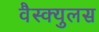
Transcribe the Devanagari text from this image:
वैस्क्युलस